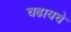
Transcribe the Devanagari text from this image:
चढायचे